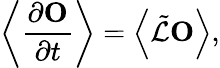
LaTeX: \left\langle\frac{\partial\mathbf{O}}{\partial t}\right\rangle=\left\langle\tilde{\mathcal{L}}\mathbf{O}\right\rangle,